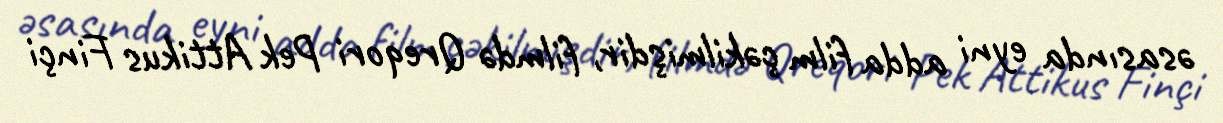
əsasında eyni adda film çəkilmişdir, filmdə Qreqori Pek Attikus Finçi